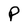
Character: P